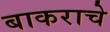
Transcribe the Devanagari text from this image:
बाकराचे